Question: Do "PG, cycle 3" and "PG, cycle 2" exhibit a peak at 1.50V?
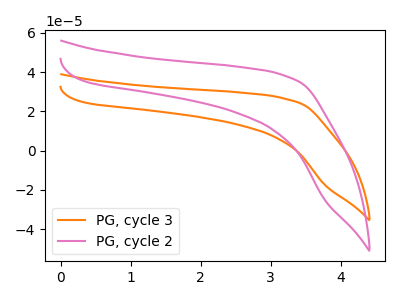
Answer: <think>The orange curve "PG, cycle 3" has no peaks. The pink curve "PG, cycle 2" has no peaks.</think>
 <answer>No, "PG, cycle 3" and "PG, cycle 2" dont share a peak at 1.50V.</answer>
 <eval>mismatch</eval>